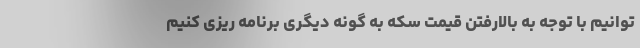
توانیم با توجه به بالارفتن قیمت سکه به گونه دیگری برنامه ریزی کنیم